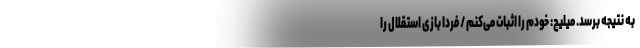
به نتیجه برسد. میلیچ: خودم را اثبات می‌کنم / فردا بازی استقلال را